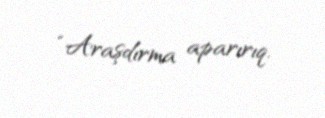
“Araşdırma aparırıq.